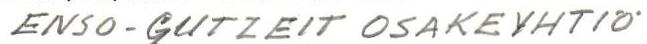
ENSO-GUTZEIT OSAKEYHTIÖ